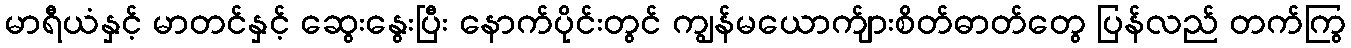
မာရီယံနှင့် မာတင်နှင့် ဆွေးနွေးပြီး နောက်ပိုင်းတွင် ကျွန်မယောက်ျားစိတ်ဓာတ်တွေ ပြန်လည် တက်ကြွ